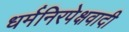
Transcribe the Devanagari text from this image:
धर्मनिरपेक्षवादी